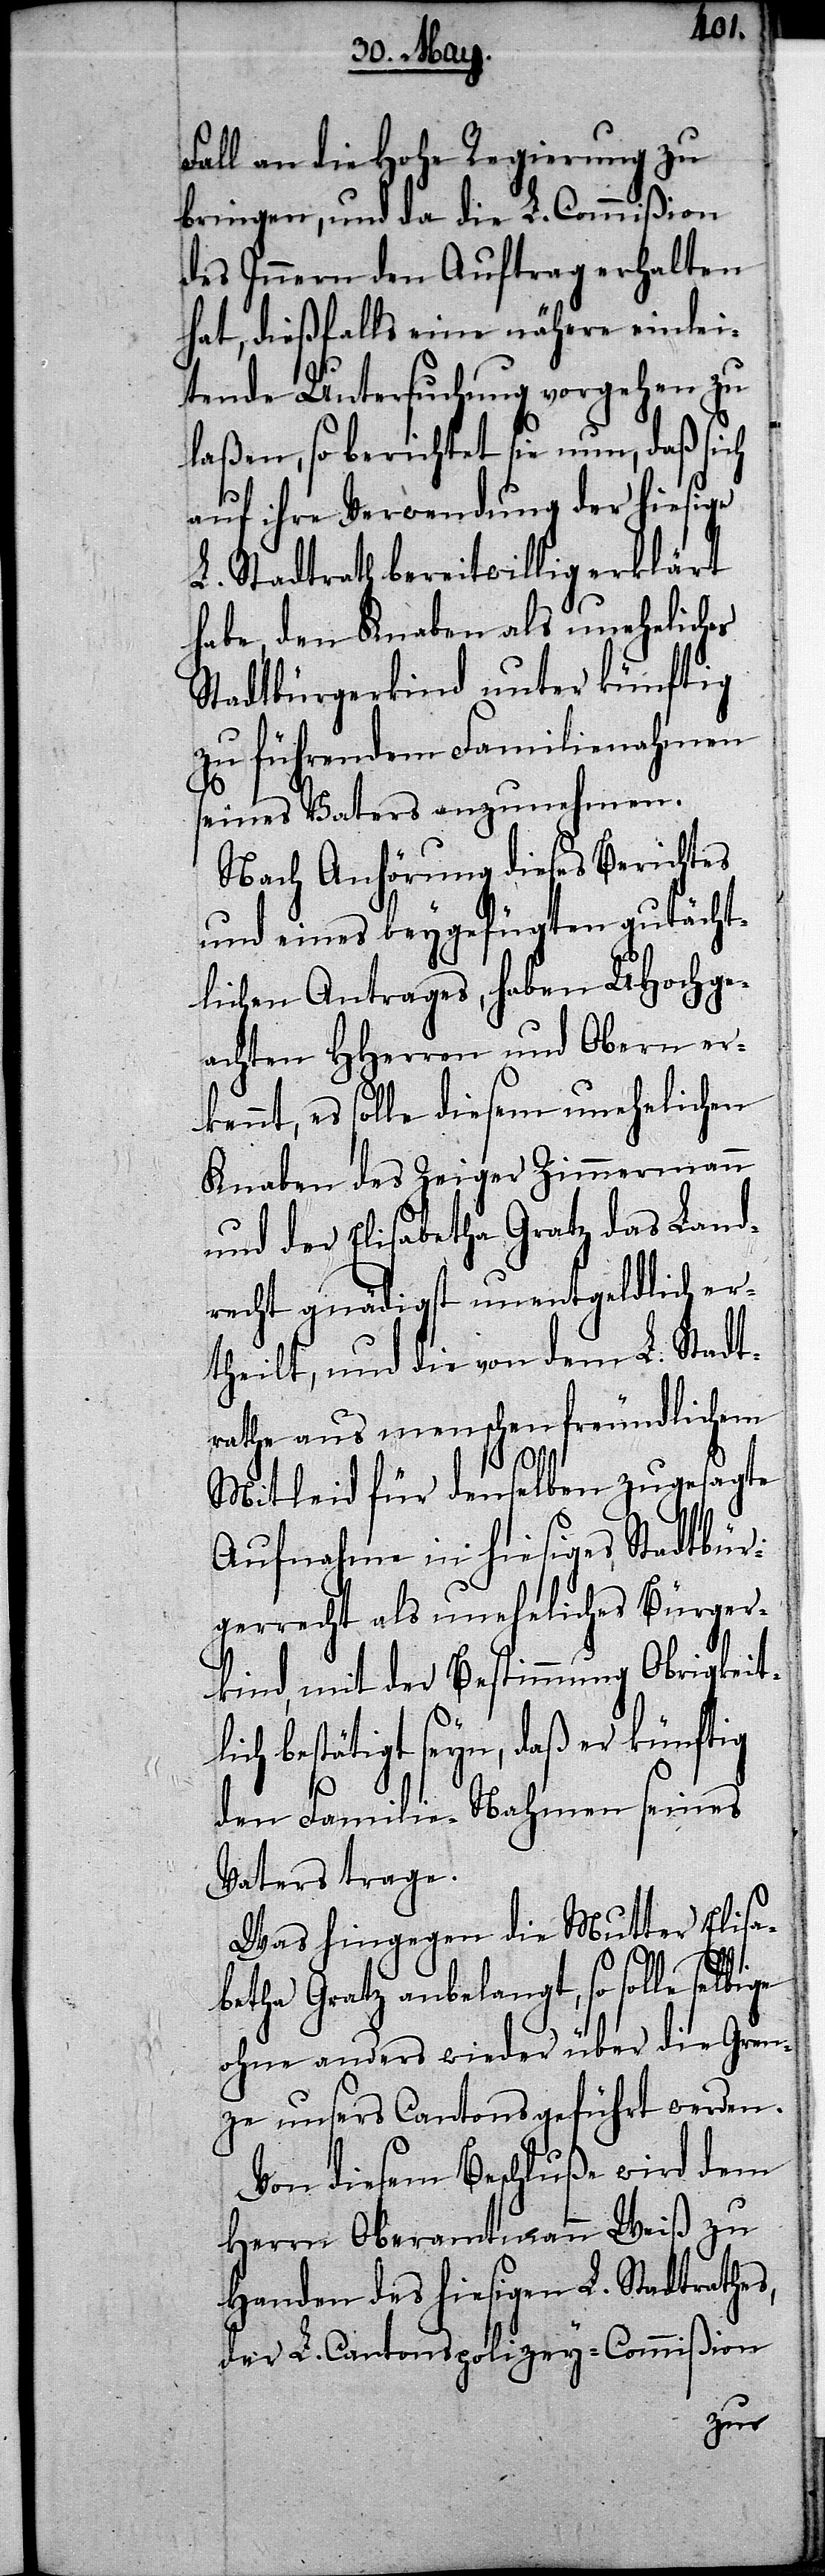
Fall an die Hohe Regierung zu
bringen, und da die L. Commißion
des Innern den Auftrag erhalten
hat, dießfalls eine nähere einlei¬
tende Untersuchung vorgehen zu
laßen, so berichtet sie nun, daß sich
auf ihre Verwendung der hiesige
L. Stadtrath bereitwillig erklärt
habe, den Knaben als uneheliches
Stadtbürgerkind unter künftig
zu führendem Familiennahmen
seines Vaters anzunehmen.
Nach Anhörung dieses Berichtes
und eines beygefügten gutächt¬
lichen Antrages, haben UHochge¬
achten HHerren und Obern er¬
kennt, es solle diesem unehelichen
Knaben des Zeiger Zimmermann
und der Elisabetha Gratz das Land¬
recht gnädigst unentgeldlich er¬
theilt, und die von dem L. Stadt¬
rathe aus menschenfreundlichem
Mitleid für denselben zugesagte
Aufnahme in hiesiges Stadtbür¬
gerrecht als unehliches Bürger¬
kind, mit der Bestimmung Obrigkeit¬
lich bestätigt seyn, daß er künftig
den Familien-Nahmen seines
Vaters trage.
Was hingegen die Mutter Elisa¬
betha Gratz anbelangt, so solle
ohne anders wieder über Gren¬
ze unsers Cantons geführt werden.
Von diesem Beschluße wird dem
Herrn Oberamtmann Weiß zu
Handen des hiesigen L. Stadtrathes,
der L. Cantonspolizey-Commißion